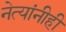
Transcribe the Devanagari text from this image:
नेत्यांनीही